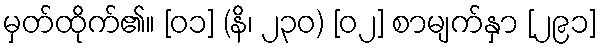
မှတ်ထိုက်၏။ [၀၁] (နိ၊ ၂၃၀) [၀၂] စာမျက်နှာ [၂၉၁]